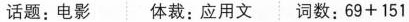
话题:电影 体裁:应用文 词数:$$6 9 + 1 5 1$$